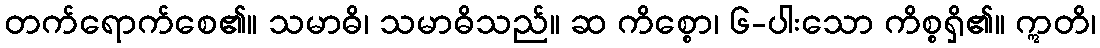
တက်ရောက်စေ၏။ သမာဓိ၊ သမာဓိသည်။ ဆ ကိစ္စော၊ ၆-ပါးသော ကိစ္စရှိ၏။ ဣတိ၊